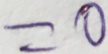
= 0